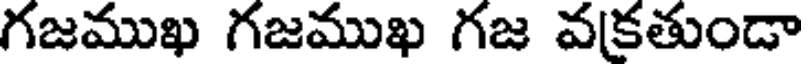
గజముఖ గజముఖ గజ వకతుండా